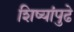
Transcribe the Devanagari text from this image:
शिष्यांपुढे